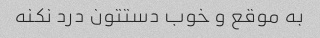
به موقع و خوب دستتون درد نکنه